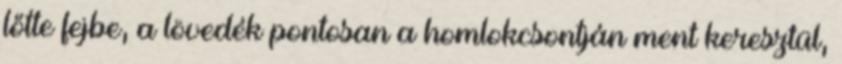
lőtte fejbe, a lövedék pontosan a homlokcsontján ment keresztül,